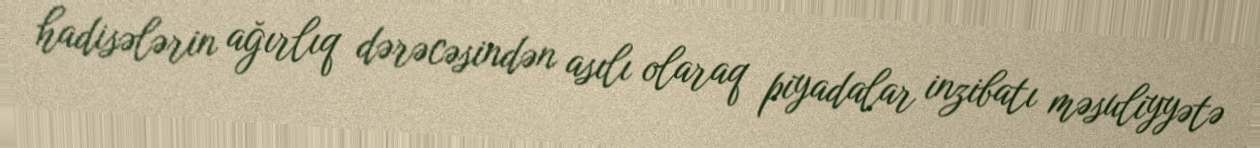
hadisələrin ağırlıq dərəcəsindən asılı olaraq piyadalar inzibatı məsuliyyətə